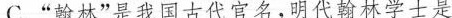
C.”翰林”是我国古代官名，明代翰林学士是